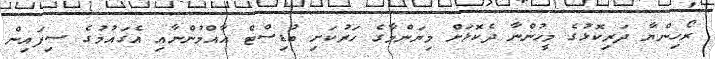
ރޯހިންޔާ ދަރިކޮޅުގެ މީހުންނާ ދެކޮޅަށް މިޔަންމާގެ ހަރުކަށި ބުޑިސްޓް އާއްމުންނާއި އެގައުމުގެ ސިފައިން